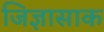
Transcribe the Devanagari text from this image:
जिज्ञासाक